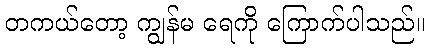
တကယ်တော့ ကျွန်မ ရေကို ကြောက်ပါသည်။